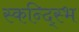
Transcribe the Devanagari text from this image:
स्कन्द्स्भि